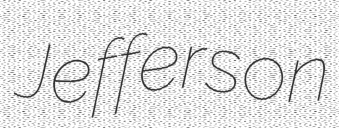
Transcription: Jefferson